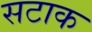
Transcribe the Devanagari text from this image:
सटाक